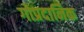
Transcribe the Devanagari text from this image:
गोप्रदानिक